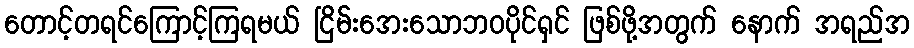
တောင့်တရင်ကြောင့်ကြရမယ် ငြိမ်းအေးသောဘဝပိုင်ရှင် ဖြစ်ဖို့အတွက် နောက် အရည်အ